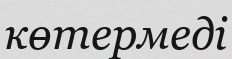
көтермеді